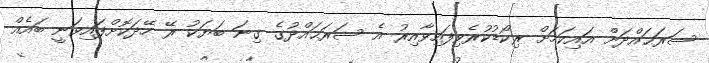
ސަރަޙައްދަށް އައިކަމަށް ރިކޯޑުކުރެވިފައިވާއިރު އެ ސަރަޙައްދުގެ ގިނަ ބަޔަކު ރޭ ހޭދަކޮށްފައިވަނީ ބައެއް